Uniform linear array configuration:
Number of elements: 32
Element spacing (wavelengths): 0.5
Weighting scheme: hann
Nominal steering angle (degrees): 15
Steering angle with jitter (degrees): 13.614
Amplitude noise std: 0.05
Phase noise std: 0.05

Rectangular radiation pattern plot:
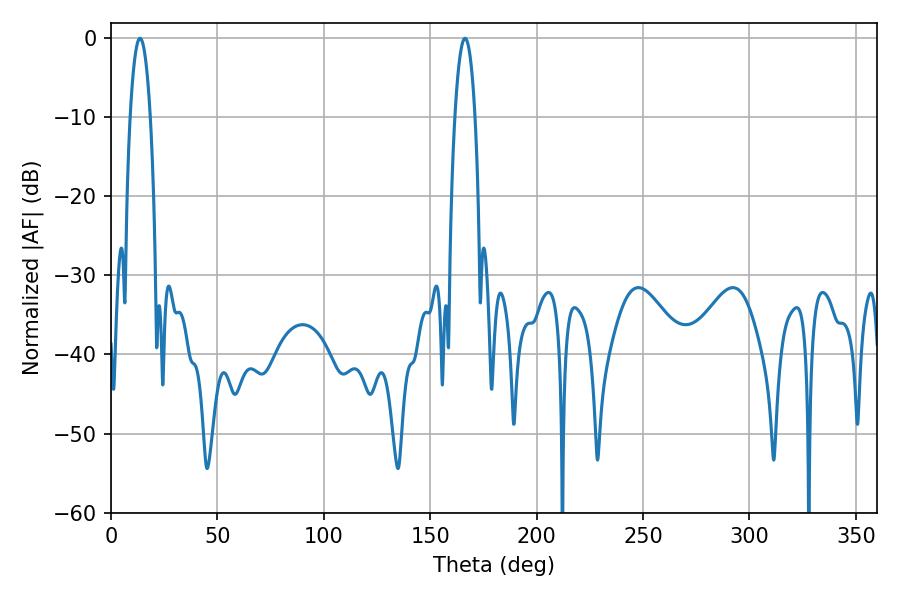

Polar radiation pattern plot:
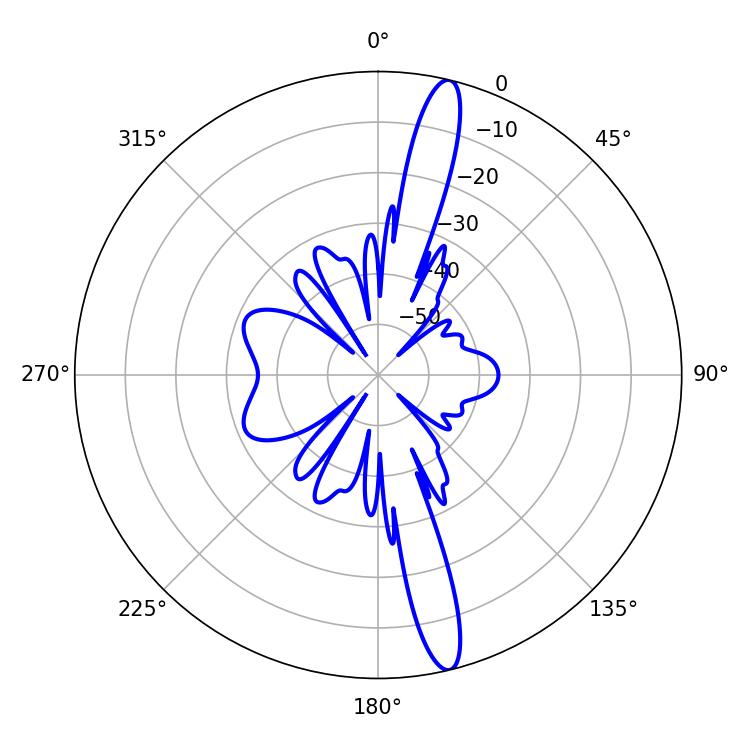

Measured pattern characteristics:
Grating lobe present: FALSE
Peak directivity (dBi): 16.356
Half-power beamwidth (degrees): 5.4
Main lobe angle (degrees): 166.32